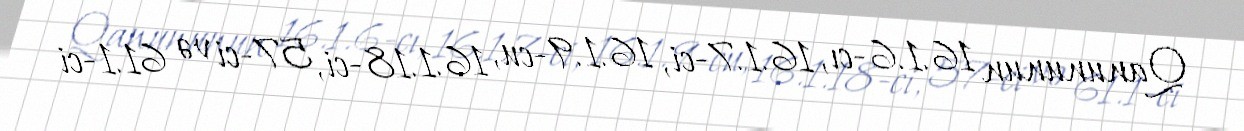
Qanununun 16.1.6-cı, 16.1.7-ci, 16.1.9-cu, 16.1.18-ci, 57-ci və 61.1-ci